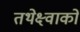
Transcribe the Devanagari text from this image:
तथेक्ष्वाको